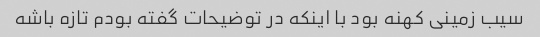
سیب زمینی کهنه بود با اینکه در توضیحات گفته بودم تازه باشه